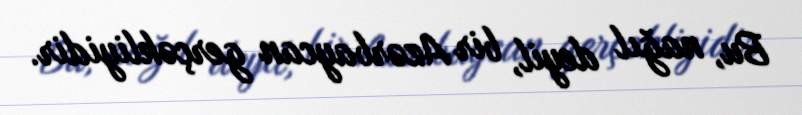
Bu, nağıl deyil, bir Azərbaycan gerçəkliyidir.